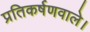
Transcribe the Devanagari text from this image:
प्रतिकर्षणवाले।